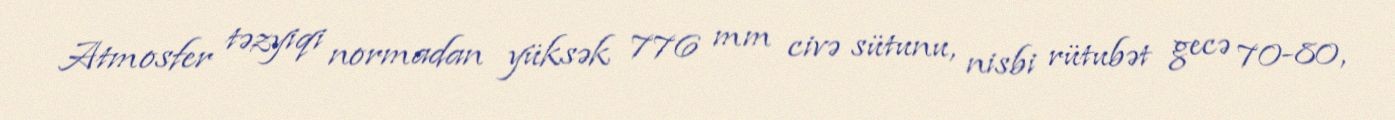
Atmosfer təzyiqi normadan yüksək 776 mm civə sütunu, nisbi rütubət gecə 70-80,